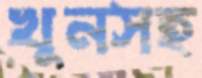
খুনসহ